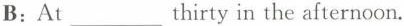
B: At___thirty in the afternoon.